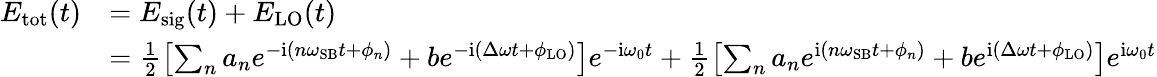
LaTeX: \begin{array}{rl}{E_{\mathrm{{tot}}}(t)}&{=E_{\mathrm{sig}}(t)+E_{\mathrm{{LO}}}(t)}\\ &{=\frac{1}{2}\left[\sum_{n}a_{n}e^{-{\mathrm{i}}(n\omega_{\mathrm{{SB}}}t+\phi_{n})}+be^{-{\mathrm{i}}(\Delta\omega t+\phi_{\mathrm{LO}})}\right]e^{-{\mathrm{i}}\omega_{0}t}+\frac{1}{2}\left[\sum_{n}a_{n}e^{\mathrm{{i}}(n\omega_{\mathrm{SB}}t+\phi_{n})}+be^{\mathrm{{i}}(\Delta\omega t+\phi_{\mathrm{LO}})}\right]e^{{\mathrm{i}}\omega_{0}t}}\end{array}